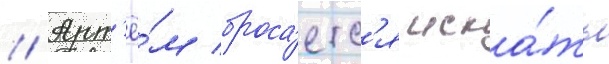
// Арт'ё́м броса́етс'я иска́ть